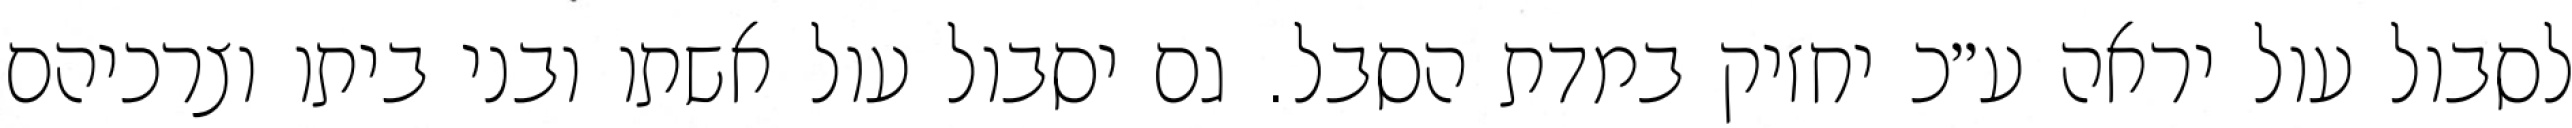
לסבול עול יראה ע״כ יחזיק במדת הסבל. גם יסבול עול אשתו ובני ביתו וצרכיהם